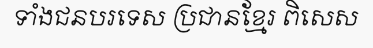
ទាំងជនបរទេស ប្រជានខ្មែរ ពិសេស